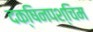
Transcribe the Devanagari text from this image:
दक्षिनपश्चिम